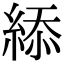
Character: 䋬